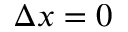
\Delta x = 0